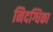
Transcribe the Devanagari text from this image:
निदग्धिका